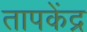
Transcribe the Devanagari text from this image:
तापकेंद्र